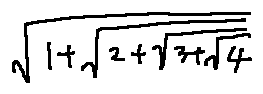
\sqrt { 1 + \sqrt { 2 + \sqrt { 3 + \sqrt { 4 } } } }